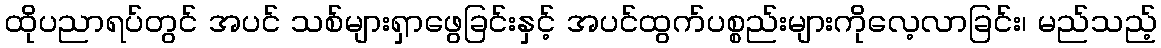
ထိုပညာရပ်တွင် အပင် သစ်များရှာဖွေခြင်းနှင့် အပင်ထွက်ပစ္စည်းများကိုလေ့လာခြင်း၊ မည်သည့်